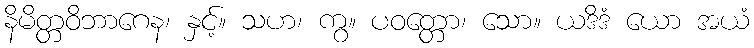
နိမိတ္တဝိဘာဂေန၊ နှင့်။ သဟ၊ ကွ။ ပဝတ္တော၊ သော။ ယဒိဒံ ယော အယံ